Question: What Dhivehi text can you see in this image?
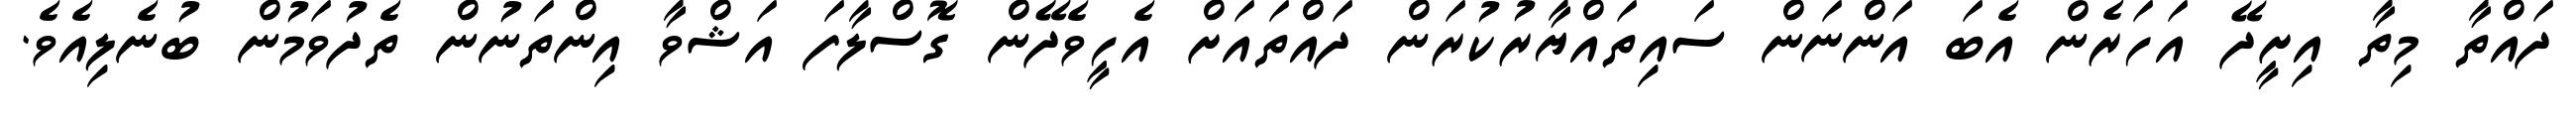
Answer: ދައްތާ މިތާ އިށީދޭ އަހަރެން އެބަ އަންނަން ސައިތައްޔާރުކުރަން ދައްތައަށް އެހީވެދޭން ގޮސްލާފަ އަޝްވާ އިންތަނުން ތެދުވަމުން ބުނެލިއެވެ.